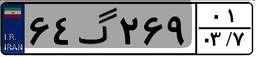
۶۴گ۲۶۹۰۱